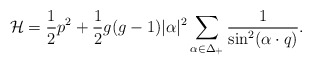
\begin{align*}{\cal H}={1\over2}p^2+ {1\over2}g(g-1)|\alpha|^{2}\sum_{\alpha\in\Delta_+} {1\over{\sin^{2}(\alpha\cdot q)}}. \end{align*}